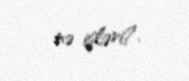
nə işləri?.